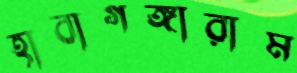
হাবাগঙ্গারাম